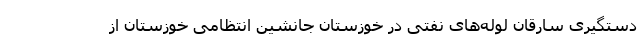
دستگیری سارقان لوله‌های نفتی در خوزستان جانشین انتظامی خوزستان از